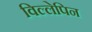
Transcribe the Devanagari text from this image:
विल्लेपिन